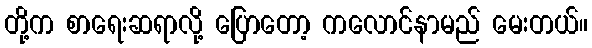
တို့က စာရေးဆရာလို့ ပြောတော့ ကလောင်နာမည် မေးတယ်။